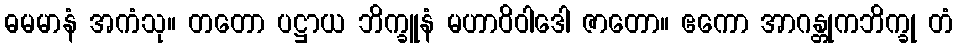
ဓမမာနံ အကံသု။ တတော ပဋ္ဌာယ ဘိက္ခူနံ မဟာဝိဝါဒေါ ဇာတော။ ဧကော အာဂန္တုကဘိက္ခု တံ